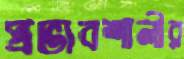
প্রভাবশালীর